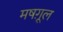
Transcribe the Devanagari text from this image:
मषग़ूल